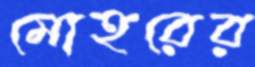
মোহরের